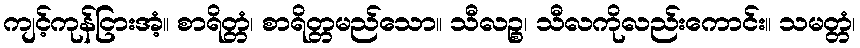
ကျင့်ကုန်ငြားအံ့။ စာရိတ္တံ၊ စာရိတ္တမည်သော။ သီလဉ္စ၊ သီလကိုလည်းကောင်း။ သမတ္တံ၊